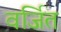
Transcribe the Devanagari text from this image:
वर्जित